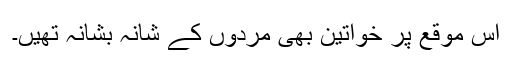
اس موقع پر خواتین بھی مردوں کے شانہ بشانہ تھیں۔